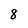
Character: 8